Treatise on elephants
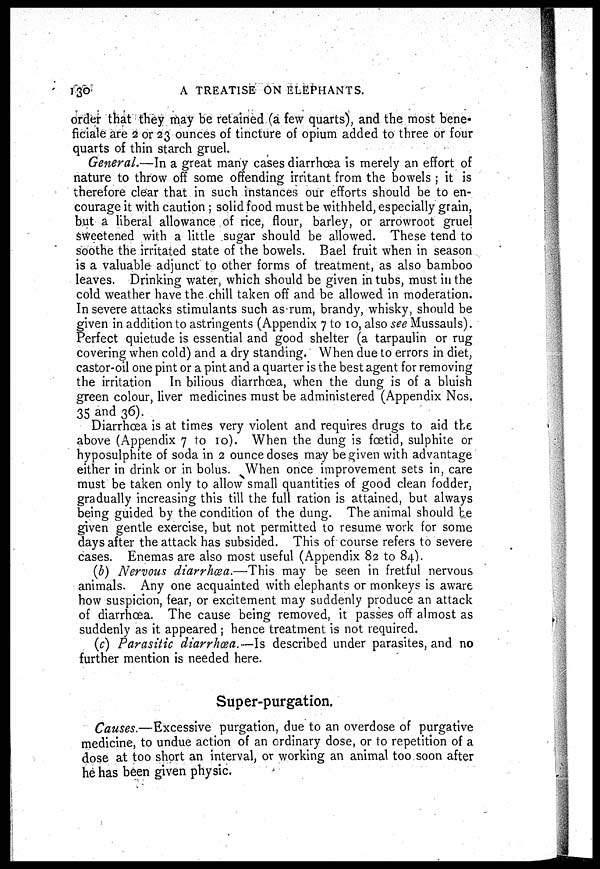
130
A TREATISE ON ELEPHANTS.
order that they may be retained (a few quarts), and the most bene-
ficiale are 2 or 23 ounces of tincture of opium added to three or four
quarts of thin starch gruel.
General.—In a great many cases diarrhoea is merely an effort of
nature to throw off some offending irritant from the bowels ; it is
therefore clear that in such instances our efforts should be to en-
courage it with caution ; solid food must be withheld, especially grain,
but a liberal allowance of rice, flour, barley, or arrowroot gruel
sweetened with a little sugar should be allowed. These tend to
soothe the irritated state of the bowels. Bael fruit when in season
is a valuable adjunct to other forms of treatment, as also bamboo
leaves. Drinking water, which should be given in tubs, must in the
cold weather have the chill taken off and be allowed in moderation.
In severe attacks stimulants such as rum, brandy, whisky, should be
given in addition to astringents (Appendix 7 to 10, also see Mussauls).
Perfect quietude is essential and good shelter (a tarpaulin or rug
covering when cold) and a dry standing. When due to errors in diet,
castor-oil one pint or a pint and a quarter is the best agent for removing
the irritation In bilious diarrhoea, when the dung is of a bluish
green colour, liver medicines must be administered (Appendix Nos.
35 and 36).
Diarrhoea is at times very violent and requires drugs to aid the
above (Appendix 7 to 10). When the dung is foetid, sulphite or
hyposulphite of soda in 2 ounce doses may be given with advantage
either in drink or in bolus. When once improvement sets in, care
must be taken only to allow small quantities of good clean fodder,
gradually increasing this till the full ration is attained, but always
being guided by the condition of the dung. The animal should be
given gentle exercise, but not permitted to resume work for some
days after the attack has subsided. This of course refers to severe
cases. Enemas are also most useful (Appendix 82 to 84).
(b) Nervous diarrhœa.—This may be seen in fretful nervous
animals. Any one acquainted with elephants or monkeys is aware
how suspicion, fear, or excitement may suddenly produce an attack
of diarrhoea. The cause being removed, it passes off almost as
suddenly as it appeared ; hence treatment is not required.
(c) Parasitic diarrhœa.—Is described under parasites, and no
further mention is needed here.
Super-purgation.
Causes.—Excessive purgation, due to an overdose of purgative
medicine, to undue action of an ordinary dose, or to repetition of a
dose at too short an interval, or working an animal too soon after
he has been given physic.